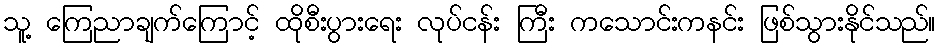
သူ့ ကြေညာချက်ကြောင့် ထိုစီးပွားရေး လုပ်ငန်း ကြီး ကသောင်းကနင်း ဖြစ်သွားနိုင်သည်။